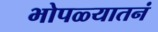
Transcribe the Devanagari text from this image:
भोपळ्यातनं